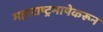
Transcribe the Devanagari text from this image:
महाराष्ट्रभाषेकरून